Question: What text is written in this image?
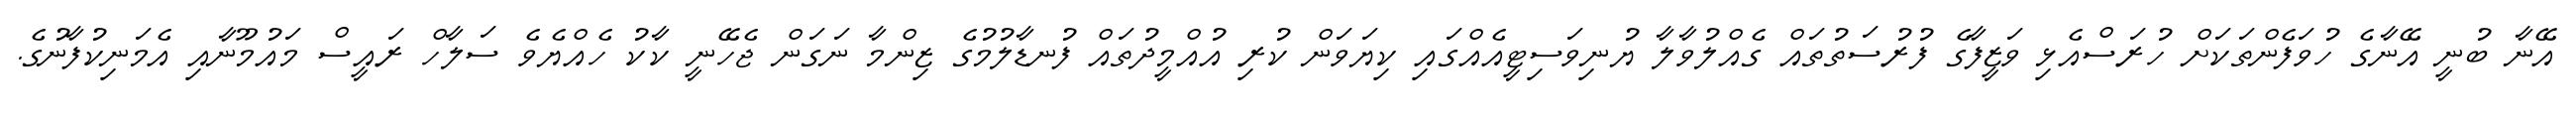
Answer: އޭނާ ބުނީ އޭނާގެ ހުވަފެންތަކަށް ހުރަސްއެޅި ވަޒީފާގެ ފުރުސަތުތައް ގެއްލުވާލާ ޔުނިވަސިޓީއެއްގައި ކިޔަވަން ކުރި އުއްމީދުތައް ފުނޑާލުމުގެ ޒިންމާ ނަގަން ޖެހޭނީ ކާކު ހެއްޔެވެ ސަލާހް ރައީސް މައުމޫނާއި އެމަނިކުފާނުގެ.